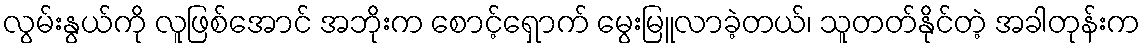
လွမ်းနွယ်ကို လူဖြစ်အောင် အဘိုးက စောင့်ရှောက် မွေးမြူလာခဲ့တယ်၊ သူတတ်နိုင်တဲ့ အခါတုန်းက